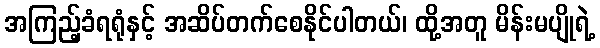
အကြည့်ခံရရုံနှင့် အဆိပ်တက်စေနိုင်ပါတယ်၊ ထို့အတူ မိန်းမပျိုရဲ့